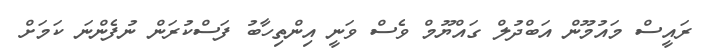
ރައީސް މައުމޫން އަބްދުލް ގައްޔޫމް ވެސް ވަނީ އިންތިހާބު ފަސްކުރަން ނުފެންނަ ކަމަށް